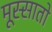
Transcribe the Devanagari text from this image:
मूस्सातो